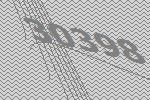
30398